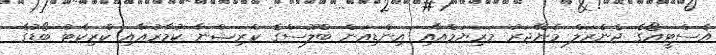
އެސްޓީއޯގެ ޖެނެރަލް މެނޭޖަރު މަރިޔަމްއާއި އިންޑިއަން ބްލޫސްގެ ކްރިޝްނާ ކުމާރުއާއި ކްރިކެޓު ބޯޑުގެ